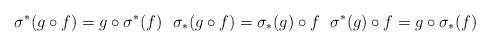
\begin{align*} \sigma^*(g \circ f)=g\circ \sigma^*(f)\ \ \sigma_*(g \circ f)=\sigma_*(g)\circ f\ \ \sigma^*(g) \circ f=g\circ \sigma_*(f)\end{align*}